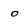
Character: o